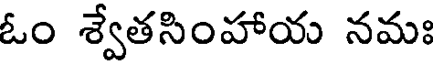
ఓం శ్వేతసింహాయ నమః